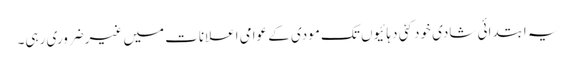
یہ ابتدائی شادی خود کئی دہائیوں تک مودی کے عوامی اعلانات میں غیرضروری رہی۔